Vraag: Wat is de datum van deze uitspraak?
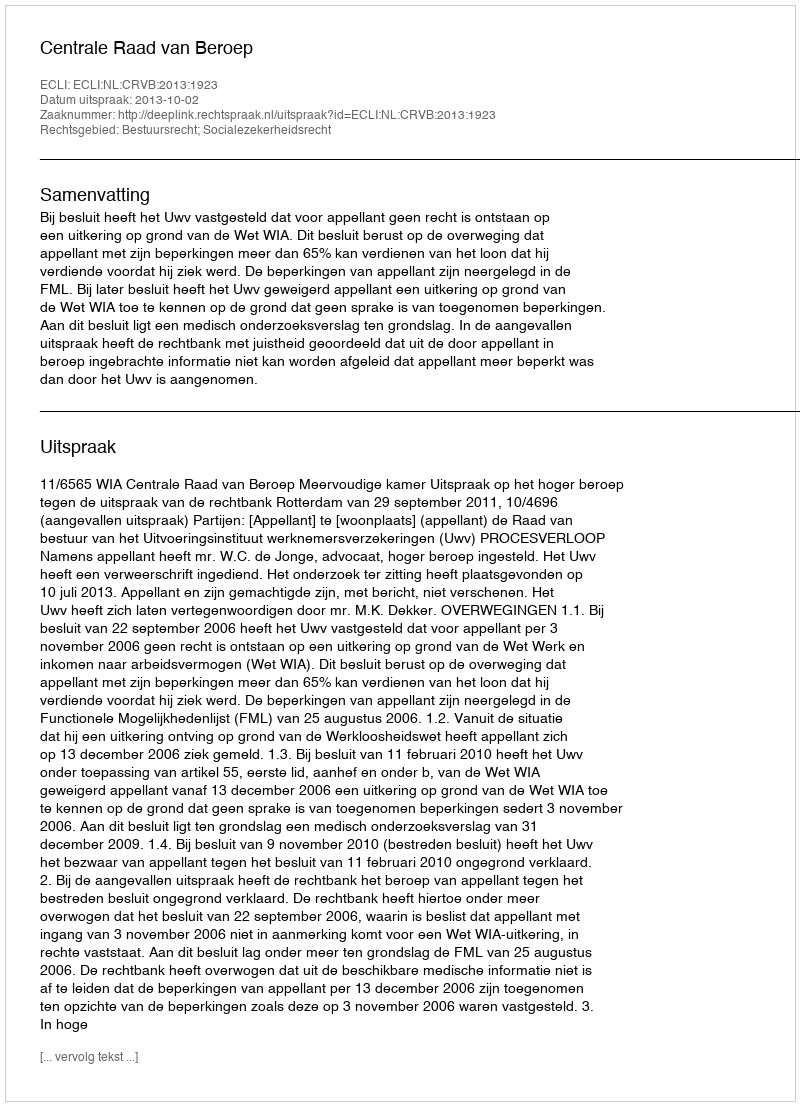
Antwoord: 2013-10-02